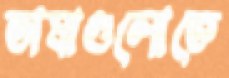
ভাষাগুলোতে